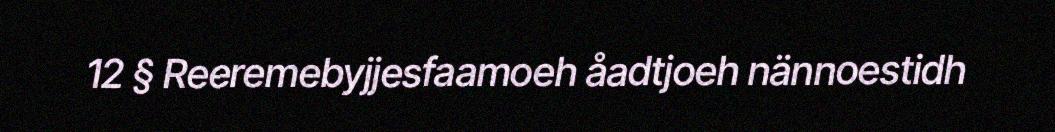
12 § Reeremebyjjesfaamoeh åadtjoeh nännoestidh